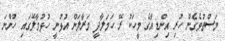
މަސްތުވެގެން ހުރި އިންޑިއާގެ މީހަކު ރޭ ހަމަލާދީ މަރާލަން އުޅުނީ ހުޅުމާލޭގައި ހުންނަ